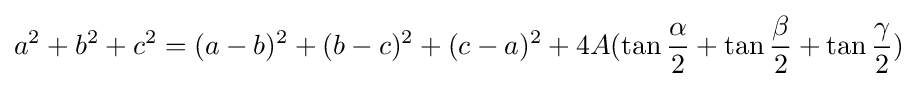
a^{2}+b^{2}+c^{2}=(a-b)^{2}+(b-c)^{2}+(c-a)^{2}+4A(\tan {\frac {\alpha }{2}}+\tan {\frac {\beta }{2}}+\tan {\frac {\gamma }{2}})